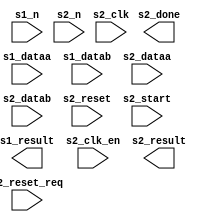
module mcu_subsystem_nios_custom_instr_floating_point_2_0 (
		input  wire [31:0] s1_dataa,     // s1.dataa
		input  wire [31:0] s1_datab,     //   .datab
		input  wire [3:0]  s1_n,         //   .n
		output wire [31:0] s1_result,    //   .result
		input  wire        s2_clk,       // s2.clk
		input  wire        s2_clk_en,    //   .clk_en
		input  wire [31:0] s2_dataa,     //   .dataa
		input  wire [31:0] s2_datab,     //   .datab
		input  wire [2:0]  s2_n,         //   .n
		input  wire        s2_reset,     //   .reset
		input  wire        s2_reset_req, //   .reset_req
		input  wire        s2_start,     //   .start
		output wire        s2_done,      //   .done
		output wire [31:0] s2_result     //   .result
	);
endmodule